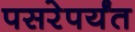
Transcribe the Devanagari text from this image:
पसरेपर्यंत